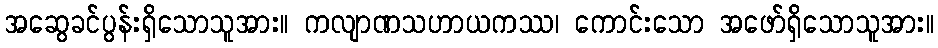
အဆွေခင်ပွန်းရှိသောသူအား။ ကလျာဏသဟာယကဿ၊ ကောင်းသော အဖော်ရှိသောသူအား။